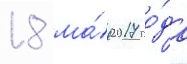
18 ма́я 2017 го́да